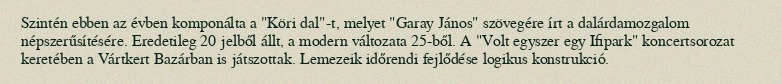
Szintén ebben az évben komponálta a "Köri dal"-t, melyet "Garay János" szövegére írt a dalárdamozgalom népszerűsítésére. Eredetileg 20 jelből állt, a modern változata 25-ből. A "Volt egyszer egy Ifipark" koncertsorozat keretében a Vártkert Bazárban is játszottak. Lemezeik időrendi fejlődése logikus konstrukció.